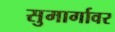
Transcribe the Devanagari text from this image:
सुमार्गावर